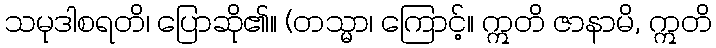
သမုဒါစရတိ၊ ပြောဆို၏။ (တသ္မာ၊ ကြောင့်။ ဣတိ ဇာနာမိ, ဣတိ